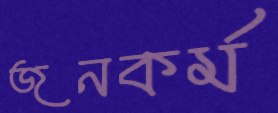
জনকর্ম